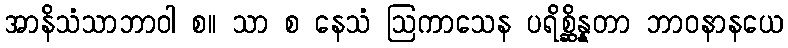
အာနိသံသာဘာဝါ စ။ သာ စ နေသံ ဩကာသေန ပရိစ္ဆိန္နတာ ဘာဝနာနယေ